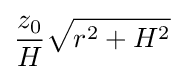
{z_{0} \over H}{\sqrt {r^{2}+H^{2}}}